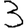
Digit: 3